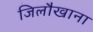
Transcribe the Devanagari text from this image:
जिलौखाना